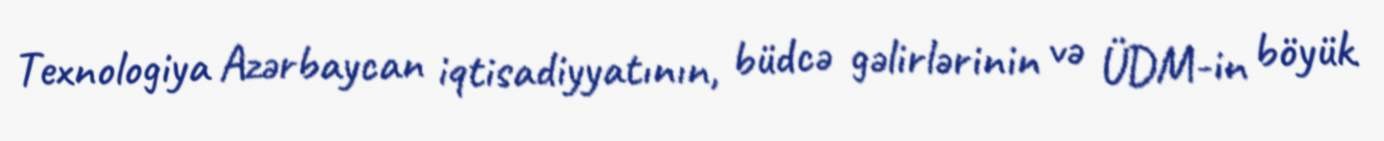
Texnologiya Azərbaycan iqtisadiyyatının, büdcə gəlirlərinin və ÜDM-in böyük